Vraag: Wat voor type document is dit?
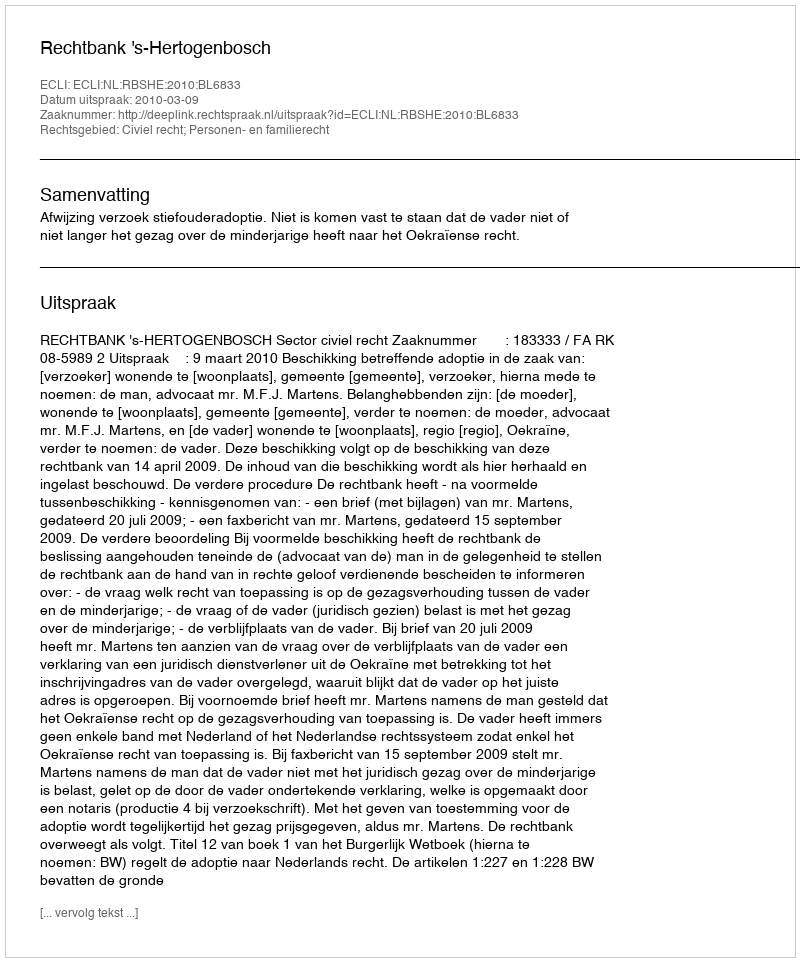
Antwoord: Uitspraak